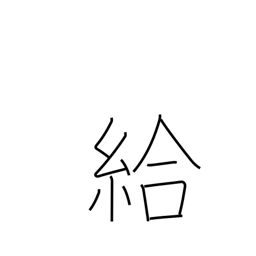
Meaning: wage